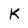
Character: K